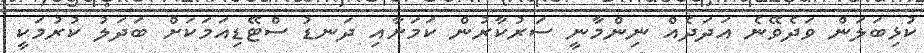
ކުޅިބަލަން ވަދެވޭނެ އަދަދެއް ނިންމާނީ ސަރުކާރުން ކަމަށާއި ދަނޑު ސްޓޭޑިއަމަކަށް ބަދަލު ކުރުމަކީ